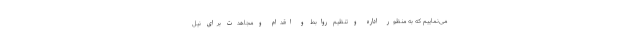
می‌نماییم که به منظور اداره و تنظیم روابط و اقدام و مجاهدت برای نیل